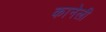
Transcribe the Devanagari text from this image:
कानेली